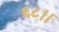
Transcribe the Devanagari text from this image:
६८।।